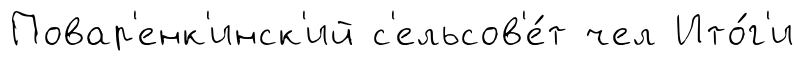
Повар'енк'инск'ий с'ельсов'е́т чел Ито́г'и